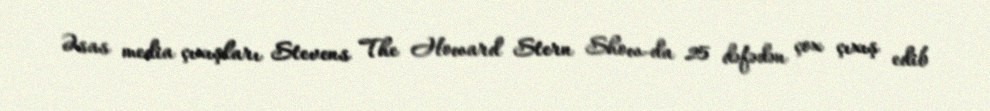
Əsas media çıxışları Stevens The Howard Stern Show-da 25 dəfədən çox çıxış edib